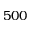
5 0 0